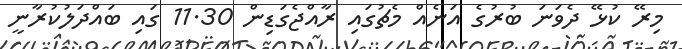
މިރޭ ކުޅޭ ދެވަނަ ބުރުގެ އަނެއް މެޗުގައި ރާއްޖެގަޑިން 11.30 ގައި ބައްދަލުކުރާނީ